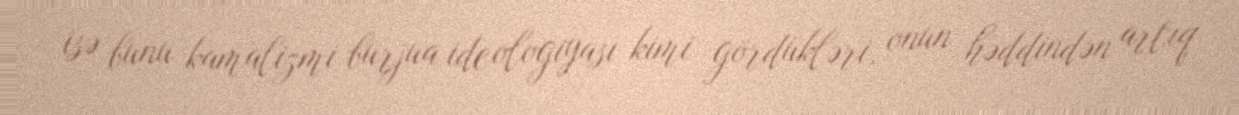
isə bunu kamalizmi burjua ideologiyası kimi gördükləri, onun həddindən artıq